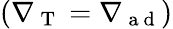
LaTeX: (\nabla_{\mathrm{~T~}}=\nabla_{\mathrm{~a~d~}})